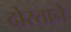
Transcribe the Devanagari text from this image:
दोस्ताने